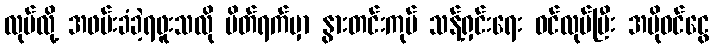
လုပ်လို့ အဖမ်းခံခဲ့ရဖူးသလို ပိတ်ရက်မှာ နွားတင်းကုပ် သန့်ရှင်းရေး ဝင်လုပ်ပြီး အပိုဝင်ငွေ